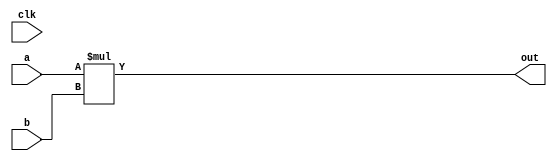
module signed_mult (clk, a, b, out);
	input      signed  clk;
	output 	signed  [15:0]	out; 
	input 	signed	[15:0] 	a; 
	input 	signed	[15:0] 	b; 
	wire 	signed	[31:0]	mult_out;
	// assign mult_out = a * b;
	// select bits for 2.14 fixed point 
	// 3.13
	// assign out = {mult_out[31], mult_out[28:14]};
	// assign out = {mult_out[31], mult_out[27:13]};
	assign out = a * b;
endmodule